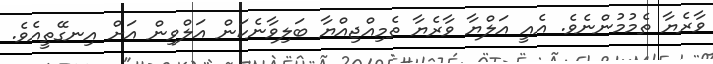
ވާރެޔާ ތެމުމުންނެވެ. އެއީ އަލްޔާ ވާރެޔާ ތެމިއްޖިއްޔާ ބަލިވާނެކަން އަލްވިން އަށް އިނގޭތީއެވެ.